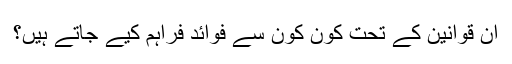
ان قوانین کے تحت کون کون سے فوائد فراہم کیے جاتے ہیں؟